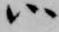
候